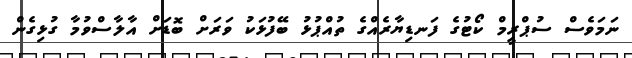
ނަމަވެސް ސުޕްރީމް ކޯޓުގެ ފަނޑިޔާރެއްގެ ތުއްޕުޅު ބޭފުޅަކު ވަރަށް ބޮޑަށް އާލާސްވުމާ ގުޅިގެން